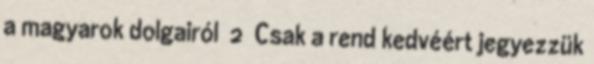
a magyarok dolgairól 2 Csak a rend kedvéért jegyezzük